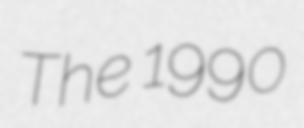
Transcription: The 1990